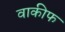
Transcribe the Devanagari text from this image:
वाकीफ